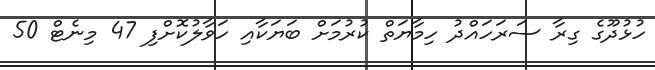
ހުޅުދޫގެ ގިރާ ސަރަހައްދު ހިމާޔަތް ކުރުމަށް ބަޔަކާއި ހަވާލުކޮށްފި 47 މިނެޓް 50